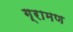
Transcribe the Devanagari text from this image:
ग्रामण